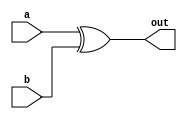
module module01(
    output out,
    input a,
    input b
);

    assign out = a ^ b;

endmodule